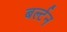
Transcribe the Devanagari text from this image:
बर्ल्टन